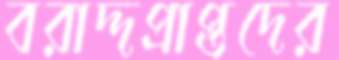
বরাদ্দপ্রাপ্তদের